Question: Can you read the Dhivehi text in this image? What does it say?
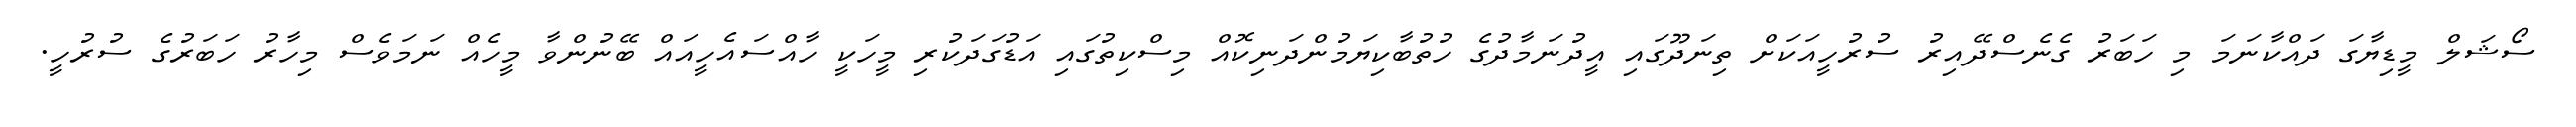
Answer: ސޯޝަލް މީޑިޔާގަ ދައްކާނަމަ މި ހަބަރު ގެނެސްދޭއިރު ސުރުހީއަކަށް ތިނަދޫގައި އީދުނަމާދުގެ ހުތުބާކިޔަމުންދަނިކޮއް މިސްކިތުގައި އަޑުގަދަކުރި މީހަކީ ހާއްސައެހީއައް ބޭނުންވާ މީހެއް ނަމަވެސް މިހާރު ހަބަރުގެ ސުރުހީ.